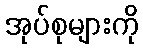
အုပ်စုများကို